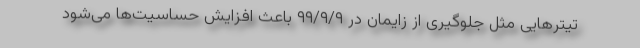
تیترهایی مثل جلوگیری از زایمان در ۹۹/۹/۹ باعث افزایش حساسیت‌ها می‌شود